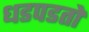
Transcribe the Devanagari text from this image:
धडपडतो